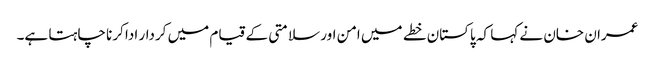
عمران خان نے کہا کہ پاکستان خطے میں امن اور سلامتی کے قیام میں کردار ادا کرنا چاہتا ہے۔